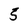
Character: 5